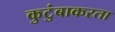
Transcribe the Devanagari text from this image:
कुटुंबाकरता